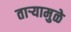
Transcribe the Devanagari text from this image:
ताऱ्यामुळे